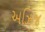
અઝિજ